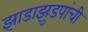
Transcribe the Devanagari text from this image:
झाडाझुडपांची